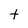
Character: t